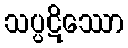
သပ္ပဋိဿော